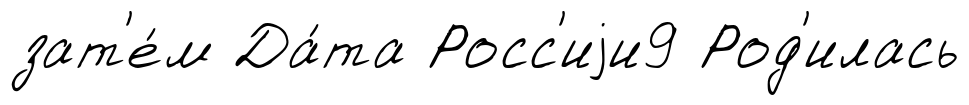
зат'е́м Да́та Росс'иjи9 Род'илась